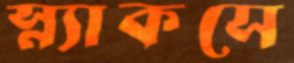
স্ন্যাকসে